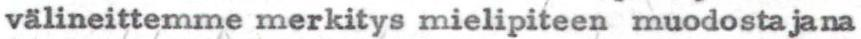
välineittemme merkitys mielipiteen muodostajana